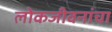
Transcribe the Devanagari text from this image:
लोकजीवनांचा